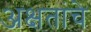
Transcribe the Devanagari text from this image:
अक्षतांचे